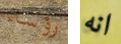
رؤساء انه